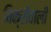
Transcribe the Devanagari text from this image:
बिक्रीवाली